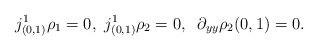
LaTeX: \begin{align*}j^1_{(0,1)}\rho_1 = 0, \ j^1_{(0,1)}\rho_2 = 0,\;\; \partial_{yy}\rho_2(0,1) = 0.\end{align*}